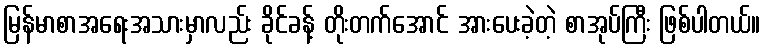
မြန်မာစာအရေးအသားမှာလည်း ခိုင်ခန့် တိုးတက်အောင် အားပေးခဲ့တဲ့ စာအုပ်ကြီး ဖြစ်ပါတယ်။